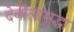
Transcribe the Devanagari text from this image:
देवीलासुद्धा